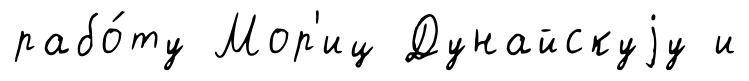
рабо́ту Мор'иц Дунайскуjу и